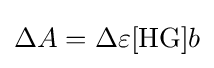
{\Delta }A={\Delta }\varepsilon [{\mathrm {HG} }]b